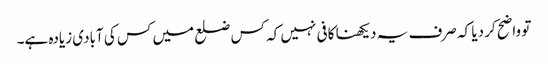
تو واضح کر دیا کہ صرف یہ دیکھنا کافی نہیں کہ کس ضلع میں کس کی آبادی زیادہ ہے۔